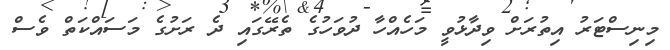
މިނިސްޓަރު އިތުރަށް ވިދާޅުވީ މަހެއްހާ ދުވަހުގެ ތެރޭގައި ދެ ރަށުގެ މަސައްކަތް ވެސް